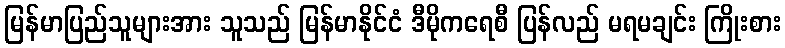
မြန်မာပြည်သူများအား သူသည် မြန်မာနိုင်ငံ ဒီမိုကရေစီ ပြန်လည် မရမချင်း ကြိုးစား